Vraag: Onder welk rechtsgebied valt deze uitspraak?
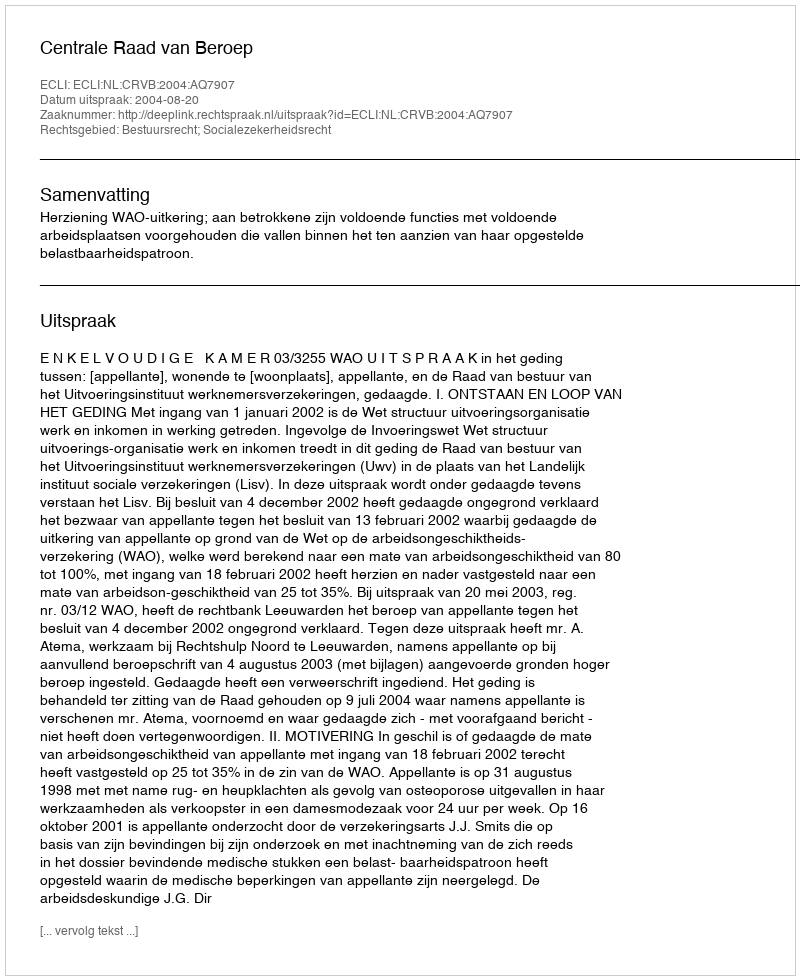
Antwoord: Bestuursrecht; Socialezekerheidsrecht